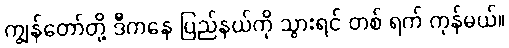
ကျွန်တော်တို့ ဒီကနေ ပြည်နယ်ကို သွားရင် တစ် ရက် ကုန်မယ်။